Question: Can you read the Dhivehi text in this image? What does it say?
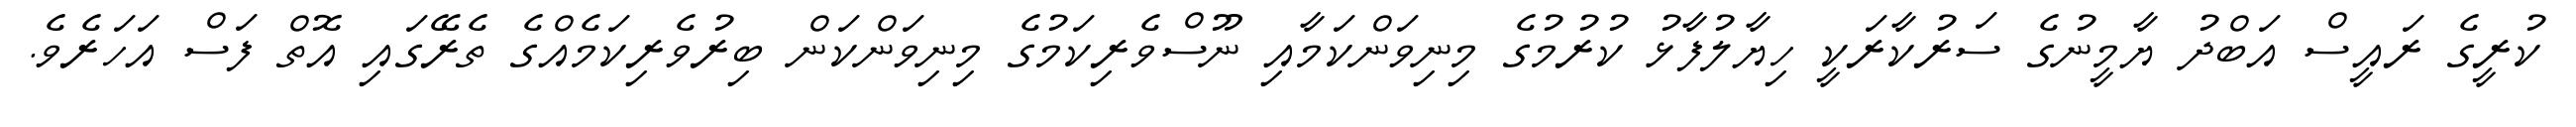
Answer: ކުރީގެ ރައީސް އަބްދު ޔާމީނުގެ ސަރުކާރަކީ ހިޔާލުފާޅު ކުރުމުގެ މިނިވަންކަމާއި ނޫސްވެރިކަމުގެ މިނިވަންކަން ބިރުވެރިކަމެއްގެ ތެރޭގައި އޮތް ފަސް އަހަރެވެ.